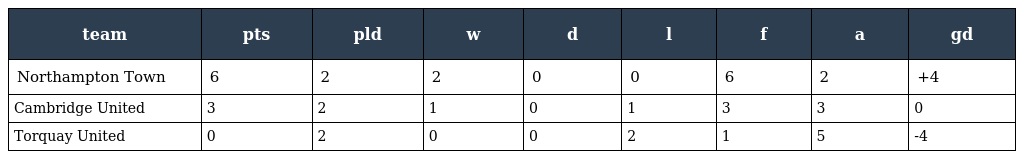
| team | pts | pld | w | d | l | f | a | gd |
 | --- | --- | --- | --- | --- | --- | --- | --- | --- |
 | Northampton Town | 6 | 2 | 2 | 0 | 0 | 6 | 2 | +4 |
 | Cambridge United | 3 | 2 | 1 | 0 | 1 | 3 | 3 | 0 |
 | Torquay United | 0 | 2 | 0 | 0 | 2 | 1 | 5 | -4 |